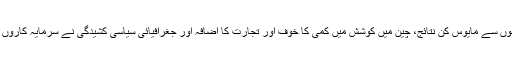
ٹیکنالوجی اور صنعتوں میں کچھ بڑے ناموں سے مایوس کن نتائج، چین میں کوشش میں کمی کا خوف اور تجارت کا اضافہ اور جغرافیائی سیاسی کشیدگی نے سرمایہ کاروں کو باہر نکلنے کی کدو کاوش میں ڈال دیا۔